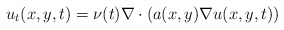
\begin{align*}u_{t}(x,y,t) = \nu(t) \nabla \cdot \left( a(x,y) \nabla u(x,y,t) \right)\end{align*}